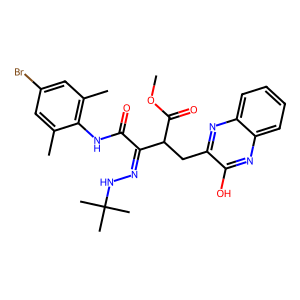
SMILES: COC(=O)C(Cc1nc2ccccc2nc1O)C(=NNC(C)(C)C)C(=O)Nc1c(C)cc(Br)cc1C
Inhibits HIV replication: No